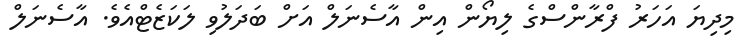
މިދިޔަ އަހަރު ފްރާންސްގެ ލިޔޯން އިން އާސެނަލް އަށް ބަދަލުވި ލަކަޒެޓްއެވެ. އާސެނަލް